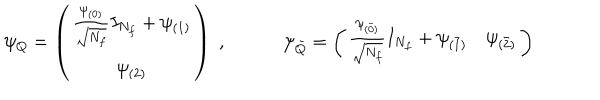
LaTeX: \psi _ { Q } = \left( \begin{array} { c } { { \frac { \psi _ { ( 0 ) } } { \sqrt { N _ { f } } } I _ { N _ { f } } + \psi _ { ( 1 ) } } } \\ { { \psi _ { ( 2 ) } } } \\ \end{array} \right) \; , \qquad \quad \psi _ { \bar { Q } } = \left( \begin{array} { c c } { { \frac { \psi _ { ( \bar { 0 } ) } } { \sqrt { N _ { f } } } I _ { N _ { f } } + \psi _ { ( \bar { 1 } ) } } } & { { \psi _ { ( \bar { 2 } ) } } } \\ \end{array} \right)